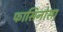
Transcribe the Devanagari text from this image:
फासिनोसा